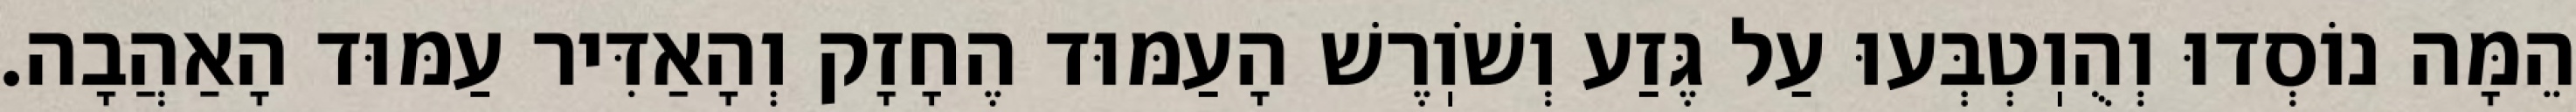
הֵמָּה נוֹסְדוּ וְהֻוֽטְבְּעוּ עַל גֶּזַע וְשֹׁוֽרֶשׁ הָעַמּוּד הֶחָזָק וְהָאַדִּיר עַמּוּד הָאַהֲבָה.